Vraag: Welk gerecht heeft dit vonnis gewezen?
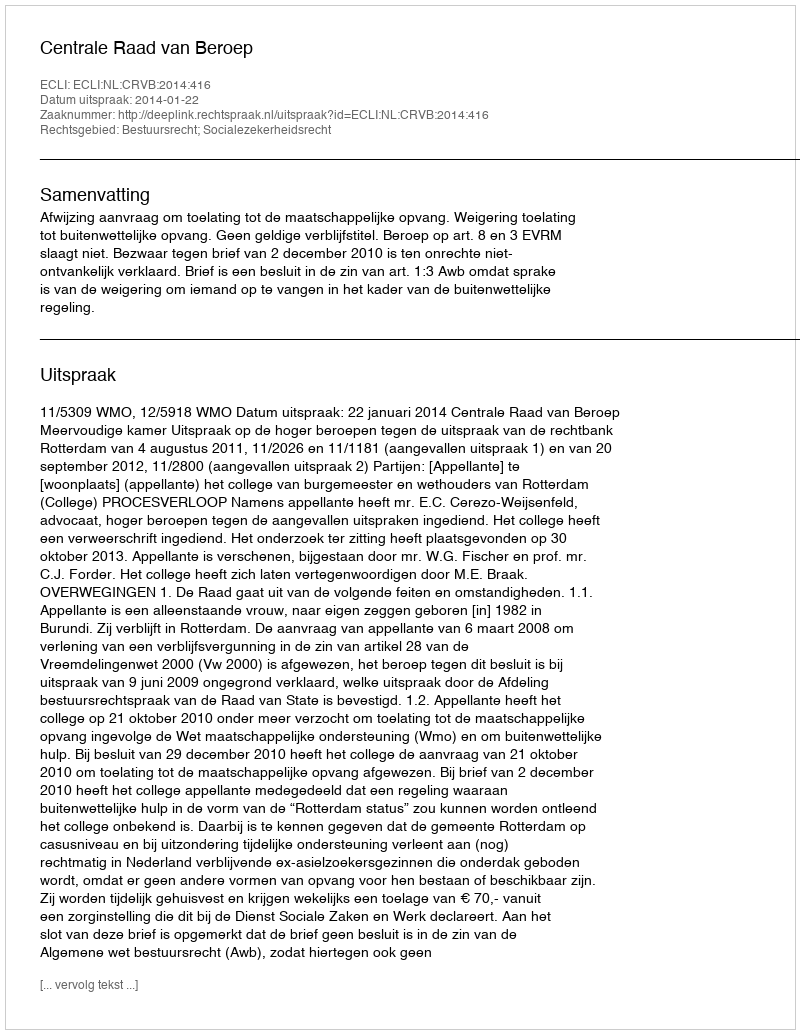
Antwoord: Centrale Raad van Beroep